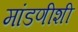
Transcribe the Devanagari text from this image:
मांडणीशी